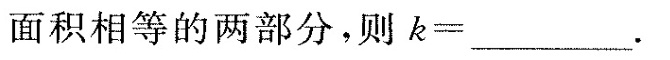
面积相等的两部分，则k=___。